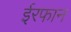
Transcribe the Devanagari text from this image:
ईरफान